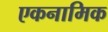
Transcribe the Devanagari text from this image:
एकनामिक